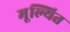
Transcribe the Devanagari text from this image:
मूल्यित